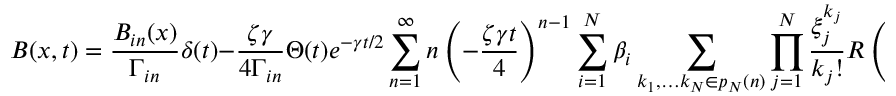
B ( x , t ) = \frac { B _ { i n } ( x ) } { \Gamma _ { i n } } \delta ( t ) - \frac { \zeta \gamma } { 4 \Gamma _ { i n } } \Theta ( t ) e ^ { - \gamma t / 2 } \sum _ { n = 1 } ^ { \infty } n \left( - \frac { \zeta \gamma t } { 4 } \right) ^ { n - 1 } \sum _ { i = 1 } ^ { N } \beta _ { i } \sum _ { k _ { 1 } , \ldots k _ { N } \in p _ { N } ( n ) } \prod _ { j = 1 } ^ { N } \frac { \xi _ { j } ^ { k _ { j } } } { k _ { j } ! } R \left( \begin{array} { l l l l l } { q _ { 1 } } & { \ldots } & { q _ { i } } & { \ldots } & { q _ { N } } \\ { k _ { 1 } } & { \ldots } & { k _ { i } + 1 } & { \ldots } & { k _ { N } } \end{array} ; x \right) .